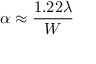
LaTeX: \alpha \approx { \frac { 1 . 2 2 \lambda } { W } }